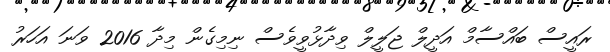
ރައީސް ބައްސާމް އަދީލް ޖަލީލް ވިދާޅުވީވެސް ނިމިގެން މިދާ 2016 ވަނަ އަހަރު